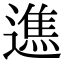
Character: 𨖵